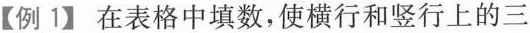
【例1】在表格中填数，使横行和竖行上的三